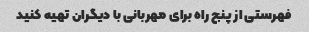
فهرستی از پنج راه برای مهربانی با دیگران تهیه کنید